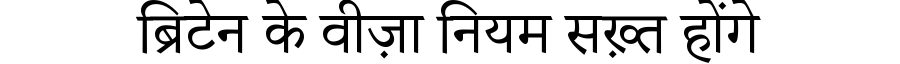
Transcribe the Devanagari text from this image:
ब्रिटेन के वीज़ा नियम सख़्त होंगे